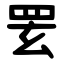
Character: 䍗